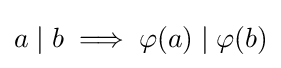
a\mid b\implies \varphi (a)\mid \varphi (b)